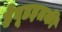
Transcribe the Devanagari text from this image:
हेवूडइतकी